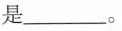
是_____。